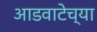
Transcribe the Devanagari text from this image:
आडवाटेच्या